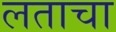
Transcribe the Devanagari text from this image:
लताचा